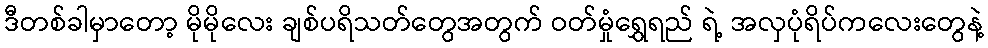
ဒီတစ်ခါမှာတော့ မိုမိုလေး ချစ်ပရိသတ်တွေအတွက် ဝတ်မှုံရွှေရည် ရဲ့ အလှပုံရိပ်ကလေးတွေနဲ့